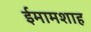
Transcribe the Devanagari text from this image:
ईमामशाह